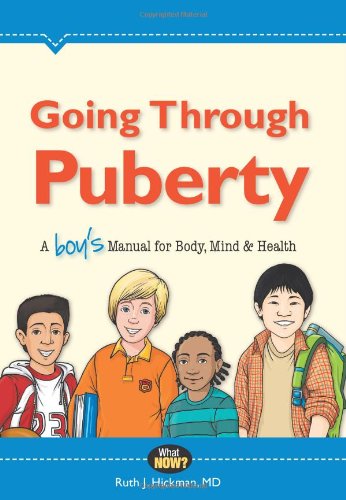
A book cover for Going Through Puberty: A BoyEEs Manual for Body, Mind, and Health (What Now?); Ruth Hickman; Teen & Young Adult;